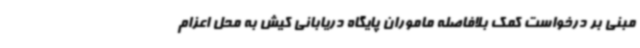
مبنی بر درخواست کمک بلافاصله ماموران پایگاه دریابانی کیش به محل اعزام